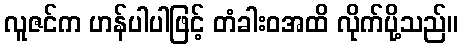
လူဇင်က ဟန်ပါပါဖြင့် တံခါးဝအထိ လိုက်ပို့သည်။